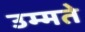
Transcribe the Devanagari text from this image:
उम्मते